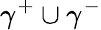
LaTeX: \gamma^{+}\cup\gamma^{-}